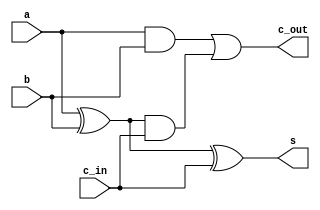
`timescale 1ns / 1ps
//////////////////////////////////////////////////////////////////////////////////
// Company: 
// 
// Design Name: Full Adder Dataflow
// Module Name: Full_Adder_Dataflow
// Project Name: 
// Target Devices: 
// Tool Versions: Vivado 2021.2
// Description: 
// 
// Dependencies: 
// 
// Revision:
// Revision 0.01 - File Created
// Additional Comments:
// 
//////////////////////////////////////////////////////////////////////////////////


module Full_Adder_Dataflow(
    c_out,      // carry out
    s,          // sum
    a,          // a
    b,          // b
    c_in        // carry in
    );
    
    output c_out;
    output s;
    input a;
    input b;
    input c_in;
    
    assign s = (a ^ b ^ c_in);
    assign c_out = (a & b) | ((a ^ b) & c_in);
endmodule